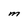
Character: M